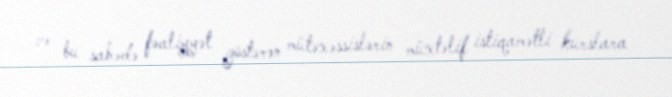
və bu sahədə fəaliyyət göstərən mütəxəssislərin müxtəlif istiqamətli kurslara